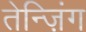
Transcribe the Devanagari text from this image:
तेन्ज़िंग